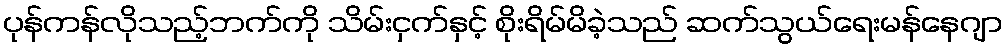
ပုန်ကန်လိုသည့်ဘက်ကို သိမ်းငှက်နှင့် စိုးရိမ်မိခဲ့သည် ဆက်သွယ်ရေးမန်နေဂျာ